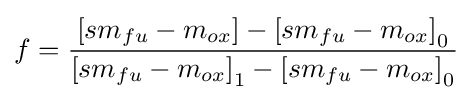
{f={\frac {[{sm}_{fu}-m_{ox}]-{[{sm}_{fu}-m_{ox}]}_{0}}{{[{sm}_{fu}-m_{ox}]}_{1}-{[{sm}_{fu}-m_{ox}]}_{0}}}}